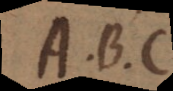
A B C